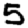
Digit: 5